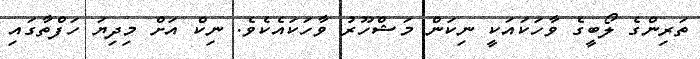
ތަރިންގެ ލޯބީގެ ވާހަކައަކީ ނިކަން މަޝްހޫރު ވާހަކައެކެވެ. ނިކް އަށް މިދިޔަ ހަފްތާގައި